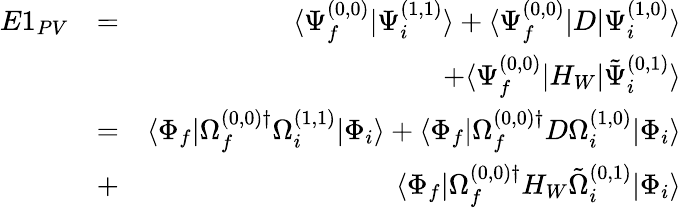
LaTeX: \begin{array}{rlr}{E1_{PV}}&{=}&{\langle\Psi_{f}^{(0,0)}|\Psi_{i}^{(1,1)}\rangle+\langle\Psi_{f}^{(0,0)}|D|\Psi_{i}^{(1,0)}\rangle}\\ &{}&{+\langle\Psi_{f}^{(0,0)}|H_{W}|\tilde{\Psi}_{i}^{(0,1)}\rangle}\\ &{=}&{\langle\Phi_{f}|\Omega_{f}^{(0,0)\dagger}\Omega_{i}^{(1,1)}|\Phi_{i}\rangle+\langle\Phi_{f}|\Omega_{f}^{(0,0)\dagger}D\Omega_{i}^{(1,0)}|\Phi_{i}\rangle}\\ &{+}&{\langle\Phi_{f}|\Omega_{f}^{(0,0)\dagger}H_{W}\tilde{\Omega}_{i}^{(0,1)}|\Phi_{i}\rangle}\end{array}